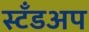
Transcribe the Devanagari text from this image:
स्टँडअप